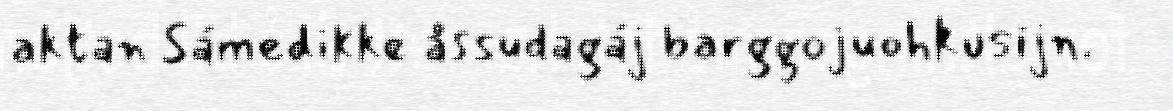
aktan Sámedikke åssudagáj barggojuohkusijn.